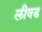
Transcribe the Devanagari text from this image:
लीवड